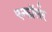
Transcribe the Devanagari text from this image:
एन्फाॅर्सर